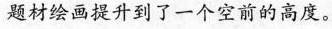
题材绘画提升到了一个空前的高度。